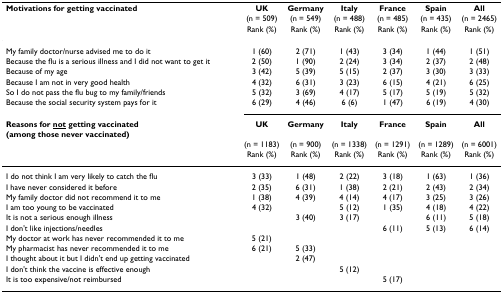
<table><thead><tr><td><b>Motivations for getting vaccinated</b></td><td><b>UK</b></td><td><b>Germany</b></td><td><b>Italy</b></td><td><b>France</b></td><td><b>Spain</b></td><td><b>All</b></td></tr><tr><td></td><td><b>(n = 509)</b></td><td><b>(n = 549)</b></td><td><b>(n = 488)</b></td><td><b>(n = 485)</b></td><td><b>(n = 435)</b></td><td><b>(n = 2465)</b></td></tr><tr><td></td><td><b>Rank (%)</b></td><td><b>Rank (%)</b></td><td><b>Rank (%)</b></td><td><b>Rank (%)</b></td><td><b>Rank (%)</b></td><td><b>Rank (%)</b></td></tr></thead><tbody><tr><td>My family doctor/nurse advised me to do it</td><td>1 (60)</td><td>2 (71)</td><td>1 (43)</td><td>3 (34)</td><td>1 (44)</td><td>1 (51)</td></tr><tr><td>Because the flu is a serious illness and I did not want to get it</td><td>2 (50)</td><td>1 (90)</td><td>2 (24)</td><td>3 (34)</td><td>2 (37)</td><td>2 (48)</td></tr><tr><td>Because of my age</td><td>3 (42)</td><td>5 (39)</td><td>5 (15)</td><td>2 (37)</td><td>3 (30)</td><td>3 (33)</td></tr><tr><td>Because I am not in very good health</td><td>4 (32)</td><td>6 (31)</td><td>3 (23)</td><td>6 (15)</td><td>4 (21)</td><td>6 (25)</td></tr><tr><td>So I do not pass the flu bug to my family/friends</td><td>5 (32)</td><td>3 (69)</td><td>4 (17)</td><td>5 (17)</td><td>5 (19)</td><td>5 (32)</td></tr><tr><td>Because the social security system pays for it</td><td>6 (29)</td><td>4 (46)</td><td>6 (6)</td><td>1 (47)</td><td>6 (19)</td><td>4 (30)</td></tr><tr><td><b>Reasons for <underline>not</underline> getting vaccinated (among those never vaccinated)</b></td><td><b>UK</b></td><td><b>Germany</b></td><td><b>Italy</b></td><td><b>France</b></td><td><b>Spain</b></td><td><b>All</b></td></tr><tr><td></td><td>(n = 1183)</td><td>(n = 900)</td><td>(n = 1338)</td><td>(n = 1291)</td><td>(n = 1289)</td><td>(n = 6001)</td></tr><tr><td></td><td>Rank (%)</td><td>Rank (%)</td><td>Rank (%)</td><td>Rank (%)</td><td>Rank (%)</td><td>Rank (%)</td></tr><tr><td>I do not think I am very likely to catch the flu</td><td>3 (33)</td><td>1 (48)</td><td>2 (22)</td><td>3 (18)</td><td>1 (63)</td><td>1 (36)</td></tr><tr><td>I have never considered it before</td><td>2 (35)</td><td>6 (31)</td><td>1 (38)</td><td>2 (21)</td><td>2 (43)</td><td>2 (34)</td></tr><tr><td>My family doctor did not recommend it to me</td><td>1 (38)</td><td>4 (39)</td><td>4 (14)</td><td>4 (17)</td><td>3 (25)</td><td>3 (26)</td></tr><tr><td>I am too young to be vaccinated</td><td>4 (32)</td><td></td><td>5 (12)</td><td>1 (35)</td><td>4 (18)</td><td>4 (22)</td></tr><tr><td>It is not a serious enough illness</td><td></td><td>3 (40)</td><td>3 (17)</td><td></td><td>6 (11)</td><td>5 (18)</td></tr><tr><td>I don&#x27;t like injections/needles</td><td></td><td></td><td></td><td>6 (11)</td><td>5 (13)</td><td>6 (14)</td></tr><tr><td>My doctor at work has never recommended it to me</td><td>5 (21)</td><td></td><td></td><td></td><td></td><td></td></tr><tr><td>My pharmacist has never recommended it to me</td><td>6 (21)</td><td>5 (33)</td><td></td><td></td><td></td><td></td></tr><tr><td>I thought about it but I didn&#x27;t end up getting vaccinated</td><td></td><td>2 (47)</td><td></td><td></td><td></td><td></td></tr><tr><td>I don&#x27;t think the vaccine is effective enough</td><td></td><td></td><td>5 (12)</td><td></td><td></td><td></td></tr><tr><td>It is too expensive/not reimbursed</td><td></td><td></td><td></td><td>5 (17)</td><td></td><td></td></tr></tbody></table>